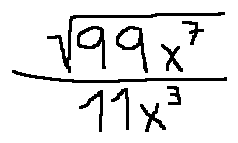
\frac { \sqrt { 9 9 x ^ { 7 } } } { 1 1 x ^ { 3 } }